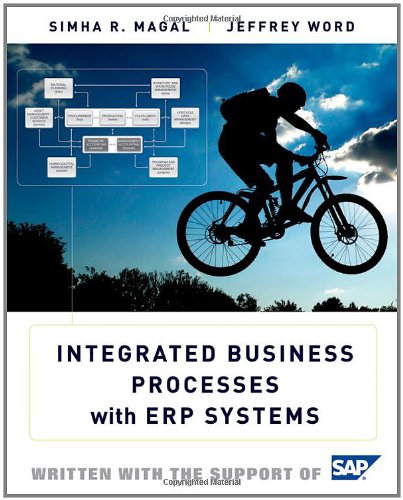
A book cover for Integrated Business Processes with ERP Systems; Simha R. Magal; Computers & Technology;